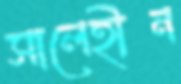
সালেহীন